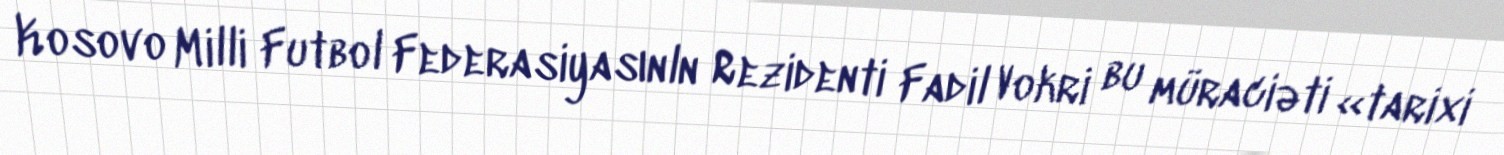
Kosovo Milli Futbol Federasiyasınln Rezidenti Fadil Vokri bu müraciəti «tarixi